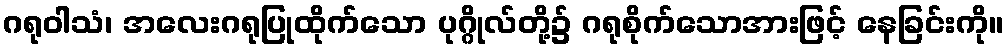
ဂရုဝါသံ၊ အလေးဂရုပြုထိုက်သော ပုဂ္ဂိုလ်တို့၌ ဂရုစိုက်သောအားဖြင့် နေခြင်းကို။